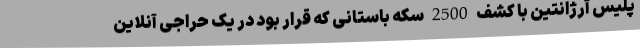
پلیس آرژانتین با کشف 2500 سکه باستانی که قرار بود در یک حراجی آنلاین